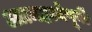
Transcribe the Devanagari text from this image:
आत्महत्येपूर्वी